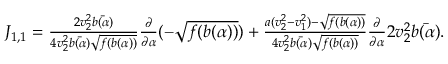
\begin{array} { r } { J _ { 1 , 1 } = \frac { 2 v _ { 2 } ^ { 2 } \bar { b ( \alpha ) } } { 4 v _ { 2 } ^ { 2 } \bar { b ( \alpha ) } \sqrt { f ( b ( \alpha ) ) } } \frac { \partial } { \partial \alpha } ( - \sqrt { f ( b ( \alpha ) ) } ) + \frac { a ( v _ { 2 } ^ { 2 } - v _ { 1 } ^ { 2 } ) - \sqrt { f ( b ( \alpha ) ) } } { 4 v _ { 2 } ^ { 2 } \bar { b ( \alpha ) } \sqrt { f ( b ( \alpha ) ) } } \frac { \partial } { \partial \alpha } 2 v _ { 2 } ^ { 2 } \bar { b ( \alpha ) } . } \end{array}